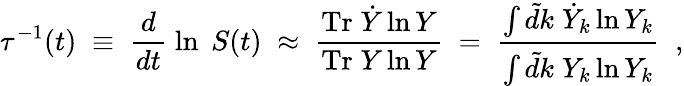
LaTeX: \tau^{-1}(t)\; \equiv\; \frac{d}{dt}\; \ln\; S(t)\; \approx\; \frac{\mathrm{Tr}\; \dot{Y}\ln Y}{\mathrm{Tr}\; Y\ln Y}\; =\; \frac{\int\tilde{d}k\; \dot{Y}_{k}\ln Y_{k}}{\int\tilde{d}k\; Y_{k}\ln Y_{k}}\; \; ,